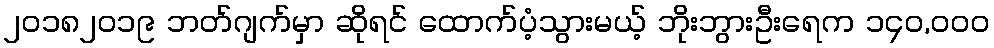
၂၀၁၈၂၀၁၉ ဘတ်ဂျက်မှာ ဆိုရင် ထောက်ပံ့သွားမယ့် ဘိုးဘွားဦးရေက ၁၄၀,၀၀၀